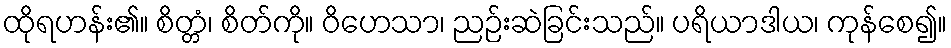
ထိုရဟန်း၏။ စိတ္တံ၊ စိတ်ကို။ ဝိဟေသာ၊ ညဉ်းဆဲခြင်းသည်။ ပရိယာဒါယ၊ ကုန်စေ၍။